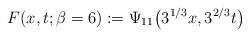
LaTeX: \begin{gather*}F(x,t;\beta=6) : = \Psi_{11}\bigl(3^{1/3}x, 3^{2/3}t\bigr)\end{gather*}